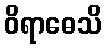
ဝိရာဓေသိ